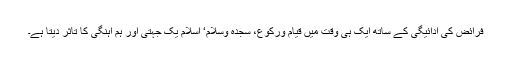
فرائض کی ادائیگی کے ساتھ ایک ہی وقت میں قیام ورکوع، سجدہ وسلام‘ اسلام یک جہتی اور ہم آہنگی کا تاثر دیتا ہے۔